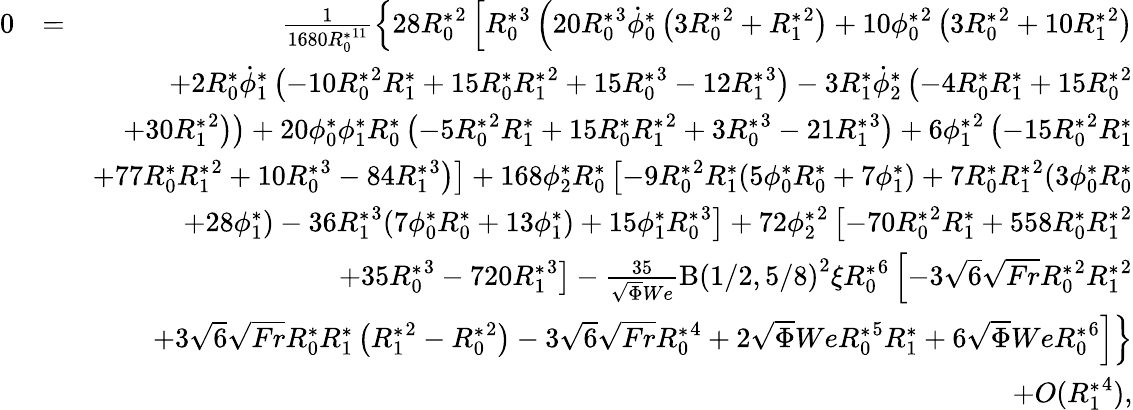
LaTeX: \begin{array}{rlr}{0}&{=}&{\frac{1}{1680{R_{0}^{*}}^{11}}\left\{ 28{R_{0}^{*}}^{2}\left[{R_{0}^{*}}^{3}\left(20{R_{0}^{*}}^{3}\dot{\phi}_{0}^{*}\left(3{R_{0}^{*}}^{2}+{R_{1}^{*}}^{2}\right)+10{\phi_{0}^{*}}^{2}\left(3{R_{0}^{*}}^{2}+10{R_{1}^{*}}^{2}\right)\right.\right.\right.}\\ &{}&{\left.\left.\left.+2{R_{0}^{*}}\dot{\phi}_{1}^{*}\left(-10{R_{0}^{*}}^{2}{R_{1}^{*}}+15{R_{0}^{*}}{R_{1}^{*}}^{2}+15{R_{0}^{*}}^{3}-12{R_{1}^{*}}^{3}\right)-3{R_{1}^{*}}\dot{\phi}_{2}^{*}\left(-4{R_{0}^{*}}{R_{1}^{*}}+15{R_{0}^{*}}^{2}\right.\right.\right.\right.}\\ &{}&{\left.\left.\left.\left.+30{R_{1}^{*}}^{2}\right)\right)+20{\phi_{0}^{*}}{\phi_{1}^{*}}{R_{0}^{*}}\left(-5{R_{0}^{*}}^{2}{R_{1}^{*}}+15{R_{0}^{*}}{R_{1}^{*}}^{2}+3{R_{0}^{*}}^{3}-21{R_{1}^{*}}^{3}\right)+6{\phi_{1}^{*}}^{2}\left(-15{R_{0}^{*}}^{2}{R_{1}^{*}}\right.\right.\right.}\\ &{}&{\left.\left.\left.+77{R_{0}^{*}}{R_{1}^{*}}^{2}+10{R_{0}^{*}}^{3}-84{R_{1}^{*}}^{3}\right)\right]+168{\phi_{2}^{*}}{R_{0}^{*}}\left[-9{R_{0}^{*}}^{2}{R_{1}^{*}}(5{\phi_{0}^{*}}{R_{0}^{*}}+7{\phi_{1}^{*}})+7{R_{0}^{*}}{R_{1}^{*}}^{2}(3{\phi_{0}^{*}}{R_{0}^{*}}\right.\right.}\\ &{}&{\left.\left.+28{\phi_{1}^{*}})-36{R_{1}^{*}}^{3}(7{\phi_{0}^{*}}{R_{0}^{*}}+13{\phi_{1}^{*}})+15{\phi_{1}^{*}}{R_{0}^{*}}^{3}\right]+72{\phi_{2}^{*}}^{2}\left[-70{R_{0}^{*}}^{2}{R_{1}^{*}}+558{R_{0}^{*}}{R_{1}^{*}}^{2}\right.\right.}\\ &{}&{\left.\left.+35{R_{0}^{*}}^{3}-720{R_{1}^{*}}^{3}\right]-\frac{35}{\sqrt{\Phi}We}\mathrm{B}\left(1/2,5/8\right)^{2}\xi{R_{0}^{*}}^{6}\left[-3\sqrt{6}\sqrt{Fr}{R_{0}^{*}}^{2}{R_{1}^{*}}^{2}\right.\right.}\\ &{}&{\left.\left.+3\sqrt{6}\sqrt{Fr}{R_{0}^{*}}{R_{1}^{*}}\left({R_{1}^{*}}^{2}-{R_{0}^{*}}^{2}\right)-3\sqrt{6}\sqrt{Fr}{R_{0}^{*}}^{4}+2\sqrt{\Phi}We{R_{0}^{*}}^{5}{R_{1}^{*}}+6\sqrt{\Phi}We{R_{0}^{*}}^{6}\right]\right\} }\\ &{}&{+O({R_{1}^{*}}^{4}),}\end{array}